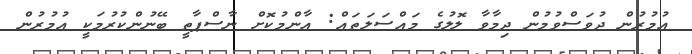
އުމުރުން ދުވަސްވުމުން ދިމާވާ ލޮލުގެ މައްސަލަތައް: އާންމުކޮށް ނާސްޕާތީ ބޭނުންކުރުމަކީ އުމުރުން